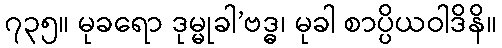
၇၃၅။ မုခရော ဒုမ္မုခါ’ဗဒ္ဓ၊ မုခါ စာပ္ပိယဝါဒိနိ။